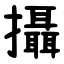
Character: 攝